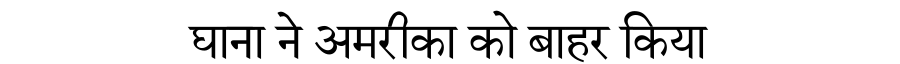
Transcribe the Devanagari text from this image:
घाना ने अमरीका को बाहर किया